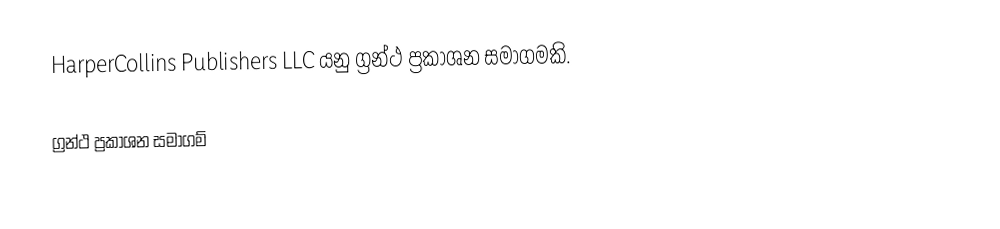
HarperCollins Publishers LLC යනු ග්‍රන්ථ ප්‍රකාශන සමාගමකි.

ග්‍රන්ථ ප්‍රකාශන සමාගම්